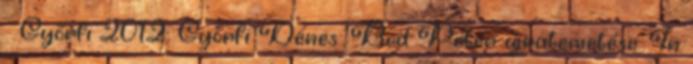
↑ Győrfi 2012: Győrfi Dénes: Bod Péter újratemetése. In